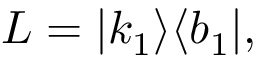
L = | k _ { 1 } \rangle \langle b _ { 1 } | ,